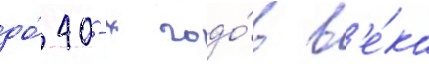
до́ 40-х годо́в в'е́ка